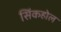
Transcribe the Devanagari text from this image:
सिंकहोल